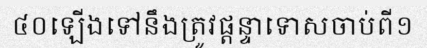
៤០ឡើងទៅនឹងត្រូវផ្តន្ទាទោសចាប់ពី១